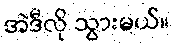
အဲဒီလို သွားမယ်။